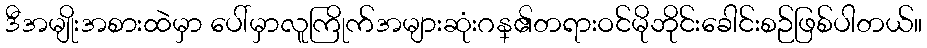
ဒီအမျိုးအစားထဲမှာ ပေါ်မှာလူကြိုက်အများဆုံးဂန္၏တရားဝင်မိုဘိုင်းခေါင်းစဉ်ဖြစ်ပါတယ်။